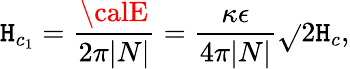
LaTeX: \mathtt{H}_{c_{1}}={\frac{{\calE}}{{2\pi|N|}}}={\frac{{\kappa\epsilon}}{{4\pi|N|}}}\sqrt{}{{2}}\mathtt{H}_{c},